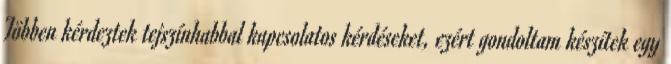
Többen kérdeztek tejszínhabbal kapcsolatos kérdéseket, ezért gondoltam készítek egy